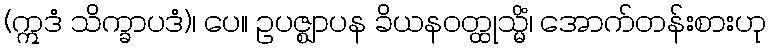
(ဣဒံ သိက္ခာပဒံ)၊ ပေ။ ဥပဇ္ဈာပန ခိယနဝတ္ထုသ္မိံ၊ အောက်တန်းစားဟု